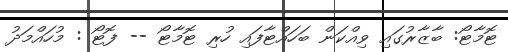
ޓޮމާޓޯ: ބާޒާރުގައި ވިއްކަން ބަހައްޓާފައި ހުރި ޓޮމާޓޯ -- ފޮޓޯ : މުހައްމަދު